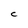
Character: C